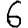
Digit: 6